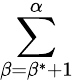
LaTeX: \sum_{\beta=\beta^{*}+1}^{\alpha}